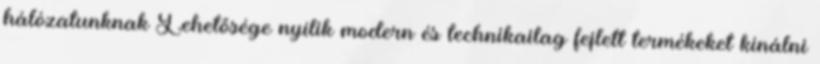
hálózatunknak Lehetősége nyílik modern és technikailag fejlett termékeket kínálni